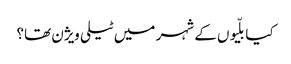
کیا بلّیوں کے شہر میں ٹیلی ویژن تھا؟